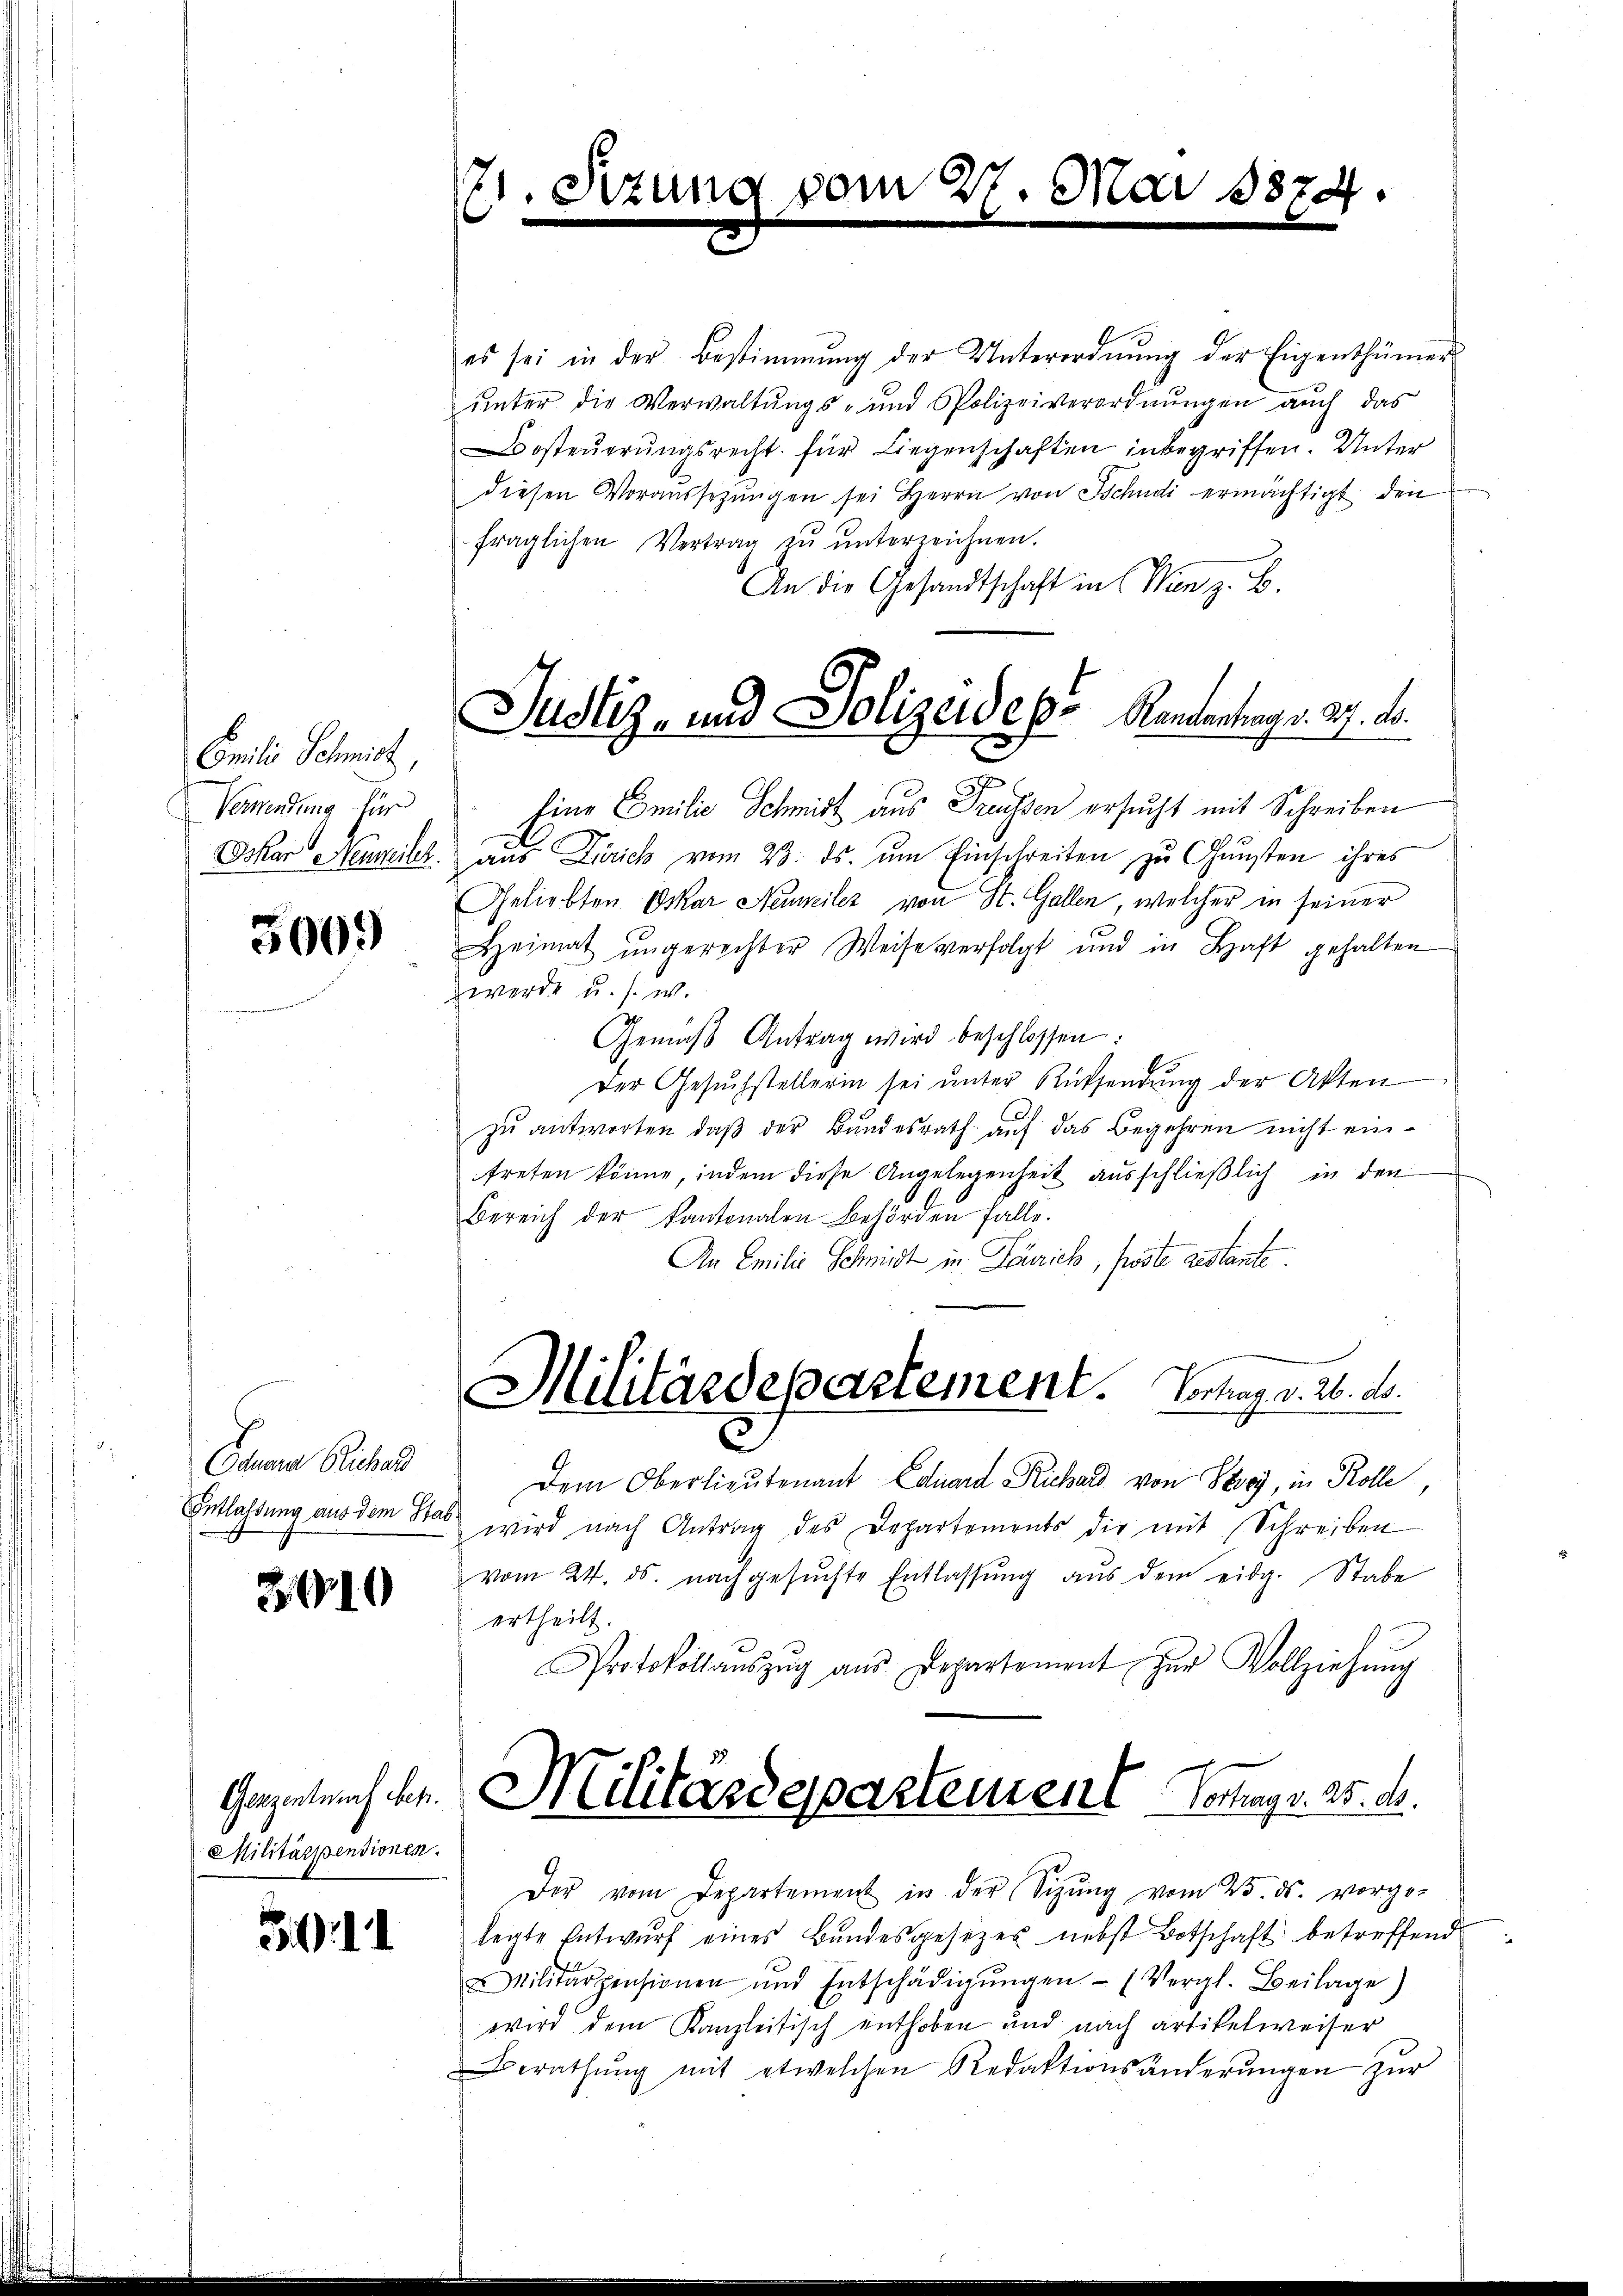
Camili Schmidt,
Verwendung für

3009

Canonen Richa
Entlassung aus dem Stab

3910

Militärspensionen.

51

es sei in der Bestimmung der Unterordnŭng der Eigenthümer-
unter die Verwaltungs- und Polizeiverordnungen auch das
osteŭerŭngsrecht für Liegenschaften inbegriffen. Unter
diesen Voraussetzŭngen sei Herrn von Tschudi ermächtigt den
fraglichen Vertrag zŭ ŭnterzeichnen.
An die Gesandtschaft in Wien z. B.
Eine Emilie Schmidt aus Freussen ersucht mit Schreiben
Oskar Heuweilt aus Zürich vom 23. ds. ŭm Einschreiten zŭ Gŭnsten ihres
Geliebten Oskar Neuweiler von St. Gallen, welcher in seiner
Heimat ungerechter Weise verfolgt und in Haft gehalten
werde u. s. w.
Gemäβ Antrag wird beschlossen:
der Gesŭchstellerin sei ŭnter Rücksendŭng der Akten
zu antworten, daß der Bundesrath auf das Begehren nicht eintreten könne, indem diese Angelegenheit ausschließlich in den
Bereich der Kantonalen Behörden Falle.
An Emilie Schmidt in Terrich, fröste gestante
Militärdepartement. Vortrag. v. 26. d.
e
Dem Oberlieutenant Eduard Richard von Stey, in Rolle,
wird nach Antrag des Departements die mit Schreiben
vom 24. ds. nachgesŭchte Entlassŭng aŭs dem eidg. Stabe
ertheilt.
Protokollaŭszŭg aŭs Departement zŭr Vollziehŭng
Gezetens ben. Militärdepartement Verungs. 25. d.
Der vom Departement in der Sitzŭng vom 23. ds. vorge-
legte Entwŭrf eines Bŭndesgesezes nebst Botschaft betreffend
Militärpensionen und Entschädigŭngen (Vergl. Beilage)
wird dem Kanzleitisch enthoben und nach artikelweiser
Berathŭng mit etwelchen Redaktionsänderŭngen zŭr

71. Sitzun
g
.

Justiz- und Polizeides Randantung v. 29. d.

vom 27. Mai 18874.